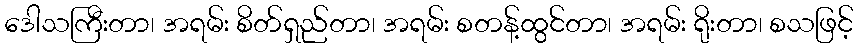
ဒေါသကြီးတာ၊ အရမ်း စိတ်ရှည်တာ၊ အရမ်း စတန့်ထွင်တာ၊ အရမ်း ရိုးတာ၊ စသဖြင့်